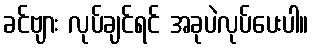
ခင်ဗျား လုပ်ချင်ရင် အခုပဲလုပ်ပေးပါ။